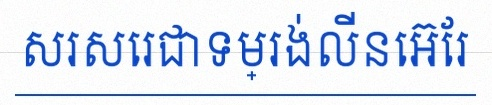
សរសេរជាទម្រង់លីនេអ៊ែរ